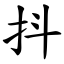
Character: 抖